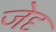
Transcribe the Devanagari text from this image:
जेदृ